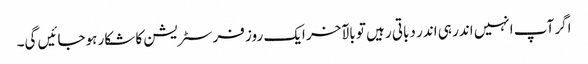
اگر آپ انہیں اندر ہی اندر دباتی رہیں تو بالآخر ایک روز فرسٹریشن کا شکار ہوجائیں گی۔